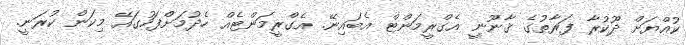
ކުއްޔަށް ދޫކުރާ ފަރާތުގެ ޤާނޫނީ އެގްރީމަންޓް އެބައިނޭ. އެގްރީމަންޓެއް ހެދުމަށްފަހުގައޭ މިކަން ކުރަނީ.